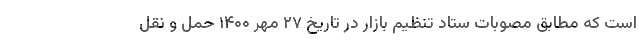
است که مطابق مصوبات ستاد تنظیم بازار در تاریخ ۲۷ مهر ۱۴۰۰ حمل و نقل